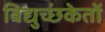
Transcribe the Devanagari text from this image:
विद्युच्छंकेतों